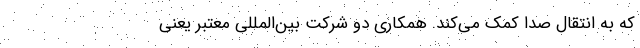
که به انتقال صدا کمک می‌کند. همکاری دو شرکت بین‌المللی معتبر یعنی